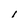
Character: l